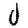
Digit: 0